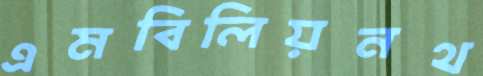
এমবিলিয়নথ